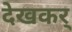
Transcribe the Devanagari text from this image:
देखकर्